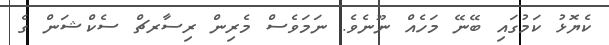
ކެޔޮޅު ކަމުގައި ބޭނޭ މަހެއް ނޫނެވެ. ނަމަވެސް މެރިން ރިސާރޗް ސެކްޝަން ގެ